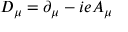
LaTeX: D _ { \mu } = \partial _ { \mu } - i e A _ { \mu }